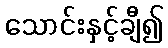
သောင်းနှင့်ချီ၍